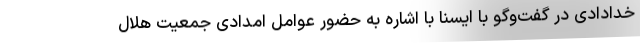
خدادادی در گفت‌وگو با ایسنا با اشاره به حضور عوامل امدادی جمعیت هلال‌